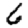
Digit: 6